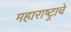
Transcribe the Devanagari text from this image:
महाराष्‍ट्राचे